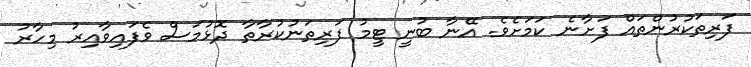
ފަރިތަކުރުންތައް ފަށާނެ ކަމަށެވެ. އޭނާ ބުނީ ޓީމު ފަރިތަނުކުރާތާ ދޮޅުމަސް ވެފައިވާއިރު މިހާރު